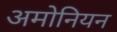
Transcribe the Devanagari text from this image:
अमोनियन